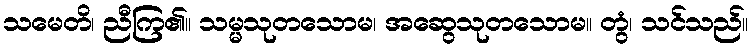
သမေတိ၊ ညီကြ၏။ သမ္မသုတသောမ၊ အဆွေသုတသောမ။ တွံ၊ သင်သည်။